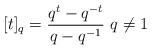
LaTeX: \begin{align*} [t]_q = \frac{q^t - q^{-t}}{q-q^{-1}} \ q \neq 1 \end{align*}